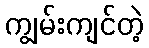
ကျွမ်းကျင်တဲ့